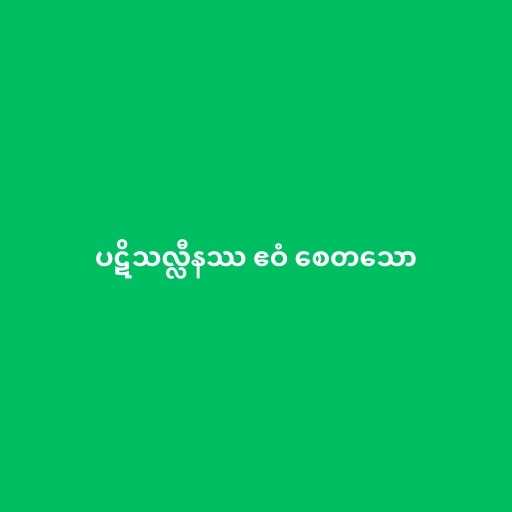
ပဋိသလ္လီနဿ ဧဝံ စေတသော